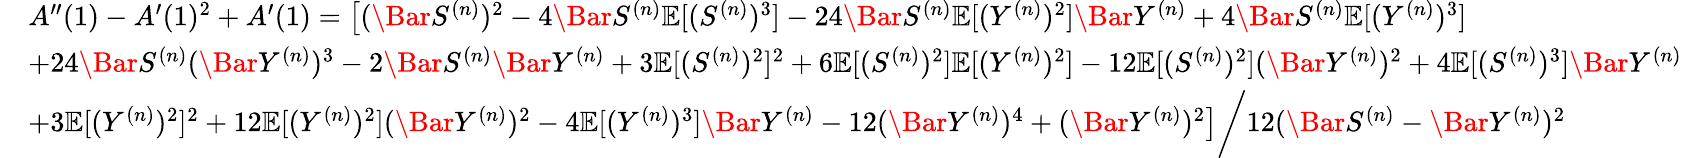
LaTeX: \begin{array}{rl}&{A^{\prime\prime}(1)-A^{\prime}(1)^{2}+A^{\prime}(1)=\left[(\Bar{S}^{(n)})^{2}\right.-4\Bar{S}^{(n)}\mathbb{E}[(S^{(n)})^{3}]-24\Bar{S}^{(n)}\mathbb{E}[(Y^{(n)})^{2}]\Bar{Y}^{(n)}+4\Bar{S}^{(n)}\mathbb{E}[(Y^{(n)})^{3}]}\\ &{+24\Bar{S}^{(n)}(\Bar{Y}^{(n)})^{3}-2\Bar{S}^{(n)}\Bar{Y}^{(n)}+3\mathbb{E}[(S^{(n)})^{2}]^{2}+6\mathbb{E}[(S^{(n)})^{2}]\mathbb{E}[(Y^{(n)})^{2}]-12\mathbb{E}[(S^{(n)})^{2}](\Bar{Y}^{(n)})^{2}+4\mathbb{E}[(S^{(n)})^{3}]\Bar{Y}^{(n)}}\\ &{+3\mathbb{E}[(Y^{(n)})^{2}]^{2}+12\mathbb{E}[(Y^{(n)})^{2}](\Bar{Y}^{(n)})^{2}-4\mathbb{E}[(Y^{(n)})^{3}]\Bar{Y}^{(n)}-12(\Bar{Y}^{(n)})^{4}+\left.(\Bar{Y}^{(n)})^{2}\right]\bigg/12(\Bar{S}^{(n)}-\Bar{Y}^{(n)})^{2}}\end{array}